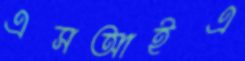
এসআইএ